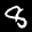
Label: 8